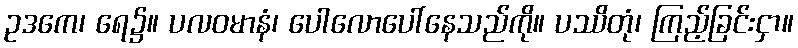
ဥဒကေ၊ ရေ၌။ ပလဝမာနံ၊ ပေါလောပေါ်နေသည်ကို။ ပဿိတုံ၊ ကြည့်ခြင်းငှာ။